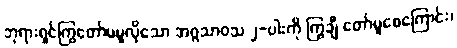
ဘုရားရှင်ကြွတော်မမူလိုသော အဂ္ဂသာဝသ ၂-ပါးကို ကြွချီ တော်မူစေကြောင်း၊